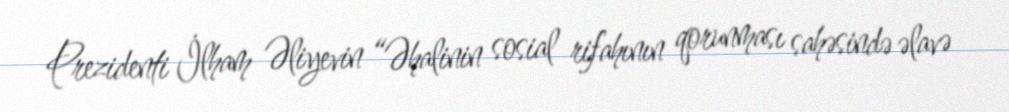
Prezidenti İlham Əliyevin “Əhalinin sosial rifahının qorunması sahəsində əlavə